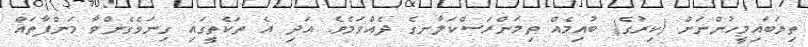
ތިޔަބައިމީހުންނަށް (ކިރުގެ) ބުއިމެއް ތިމަންރަސްކަލާނގެ ދެއްވަމެވެ. އަދި އެ ތަކެތީގައި ގިނަވެގެންވާ މަންފާތައް